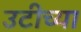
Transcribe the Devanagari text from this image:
उटीच्या